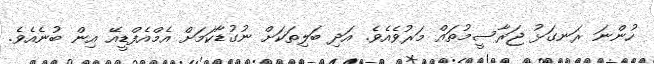
ހުންނަ ރަނގަޅު ޖަރާސީމުތައް މަރުވެއެވެ. އަދި ބަލިތަކަށް ނުގުޑާކަމަށް އެމްއެފްޑީއޭ އިން ބުނެއެވެ.